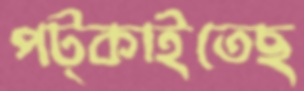
পট্‌কাইতেছ